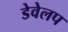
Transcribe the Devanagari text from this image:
डेवेलप